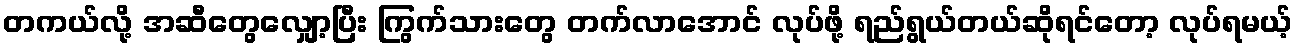
တကယ်လို့ အဆီတွေလျှော့ပြီး ကြွက်သားတွေ တက်လာအောင် လုပ်ဖို့ ရည်ရွယ်တယ်ဆိုရင်တော့ လုပ်ရမယ့်